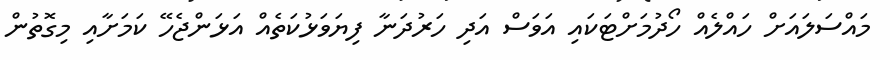
މައްސަލައަށް ހައްލެއް ހޯދުމަށްޓަކައި އަވަސް އަދި ހަރުދަނާ ފިޔަވަޅުކަތެއް އަޅަންޖެހޭ ކަމަށާއި މިގޮތުން